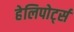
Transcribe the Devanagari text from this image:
हेलिपोर्ट्स